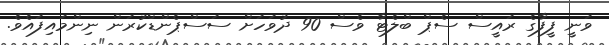
ވަނީ ފީފާގެ ރައީސް ސެޕް ބްލެޓާ ވެސް 90 ދުވަހަށް ސަސްޕެންޑްކުރަން ނިންމައިފައެވެ.